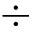
\div